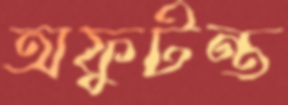
অফুটন্ত